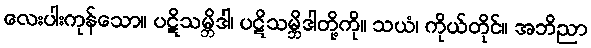
လေးပါးကုန်သော။ ပဋိသမ္ဘိဒါ၊ ပဋိသမ္ဘိဒါတို့ကို။ သယံ၊ ကိုယ်တိုင်။ အဘိညာ